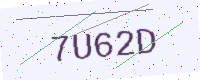
Text: 7U62D